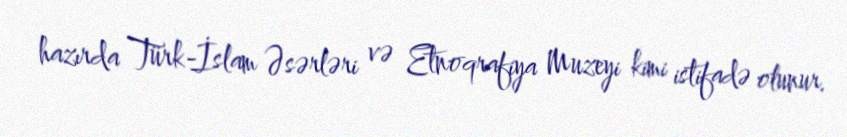
hazırda Türk-İslam Əsərləri və Etnoqrafiya Muzeyi kimi istifadə olunur.